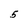
Character: 5